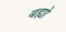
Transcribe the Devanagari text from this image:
बह्यो